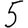
Digit: 5